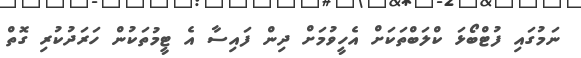
ނަމުގައި ފުޓްބޯޅަ ކްލަބްތަކަށް އެހީވުމަށް ދިން ފައިސާ އެ ޓީމުތަކުން ހަރަދުކުރި ގޮތް